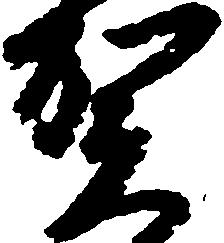
賀